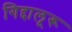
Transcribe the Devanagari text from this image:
गिद्दालूरू